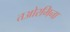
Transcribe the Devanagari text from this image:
तओरमिना